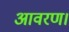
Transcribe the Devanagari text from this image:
आवरण।